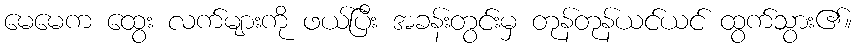
မေမေက ထွေး လက်များကို ဖယ်ပြီး အခန်းတွင်းမှ တုန်တုန်ယင်ယင် ထွက်သွား၏။